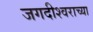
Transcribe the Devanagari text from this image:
जगदीश्‍वराच्या